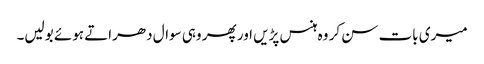
میری بات سن کر وہ ہنس پڑیں اور پھر وہی سوال دھراتے ہوئے بولیں۔